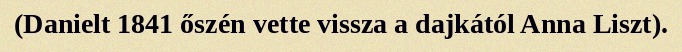
(Danielt 1841 őszén vette vissza a dajkától Anna Liszt).